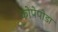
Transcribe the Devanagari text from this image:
कोपेपोडा